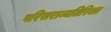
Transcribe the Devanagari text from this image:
परिसराव्यतिरिक्त